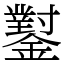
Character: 𨮝